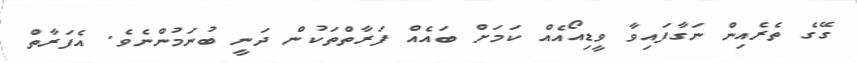
ގޭގެ ތެރެއިން ނަގާފައިވާ ވީޑިއޯއެއް ކަމަށް ބައެއް ފަރާތްތަކުން ދަނީ ބުނަމުންނެވެ. އެފަރާތް